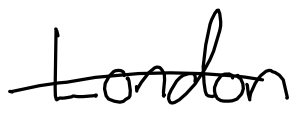
Text: London
Cross-out: single-line
Writing tool: digital_black